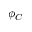
\phi _ { C }